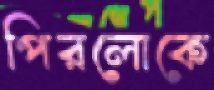
পিরলোকে